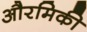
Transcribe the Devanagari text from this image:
औरमिकी